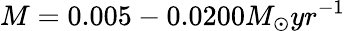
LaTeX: M=0.005-0.0200M_{\odot}yr^{-1}